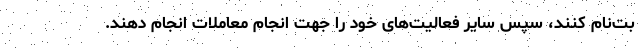
بت­نام کنند، سپس سایر فعالیت‌های خود را جهت انجام معاملات انجام دهند.